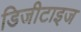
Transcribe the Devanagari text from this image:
डिजीटाइज